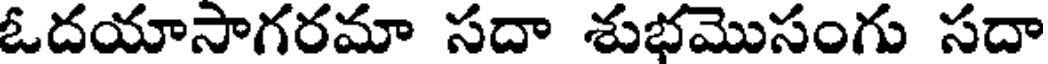
ఓదయాసాగరమా సదా శుభమొసంగు సదా